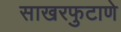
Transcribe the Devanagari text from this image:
साखरफुटाणे